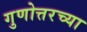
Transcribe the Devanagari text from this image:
गुणोत्तरच्या